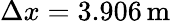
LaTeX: \Delta x=3.906\, \mathrm{m}